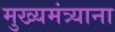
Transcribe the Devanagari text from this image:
मुख्यमंत्र्याना